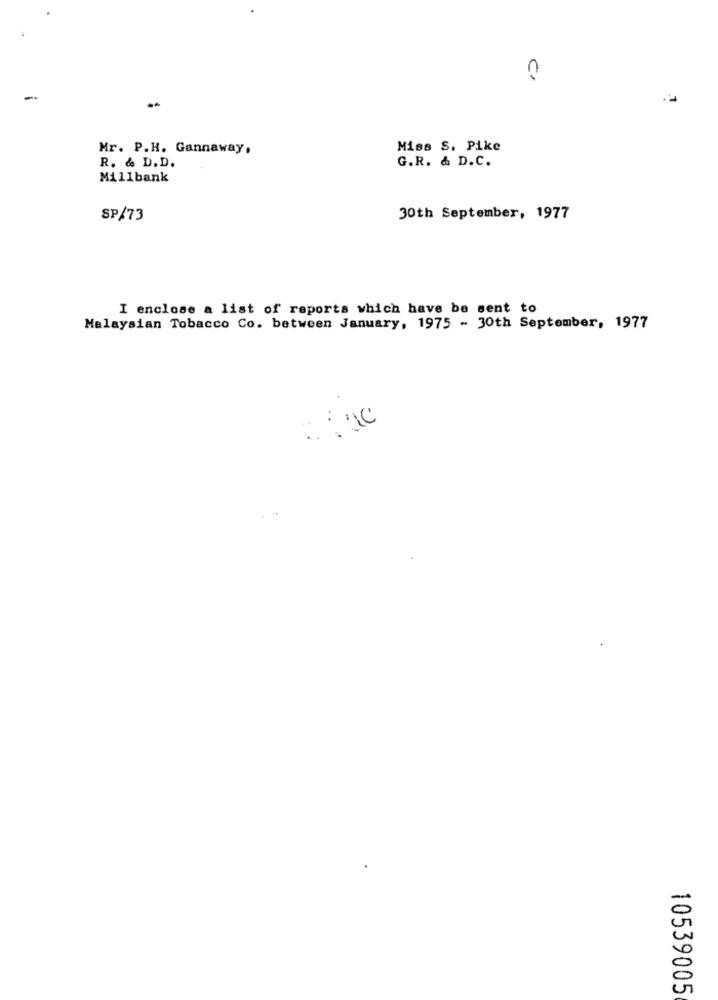
c.
-
Mr. P.H. Gannaway,
Miss S. Pike
G.R. & D.C.
R. & D.D.
Millbank
SP/73
30th September, 1977
I enclose a list of reports which have be sent to
Malaysian Tobacco Co. between January, 1975 - 30th September, 1977
10539005